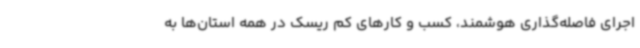
اجرای فاصله‌گذاری هوشمند، کسب و کارهای کم ریسک در همه استان‌ها به